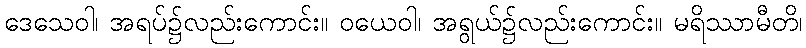
ဒေသေဝါ၊ အရပ်၌လည်းကောင်း။ ဝယေဝါ၊ အရွယ်၌လည်းကောင်း။ မရိဿာမီတိ၊